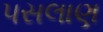
પસલાણ